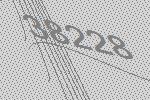
38228